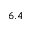
6 . 4